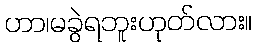
ဟာ၊မခွဲရဘူးဟုတ်လား။